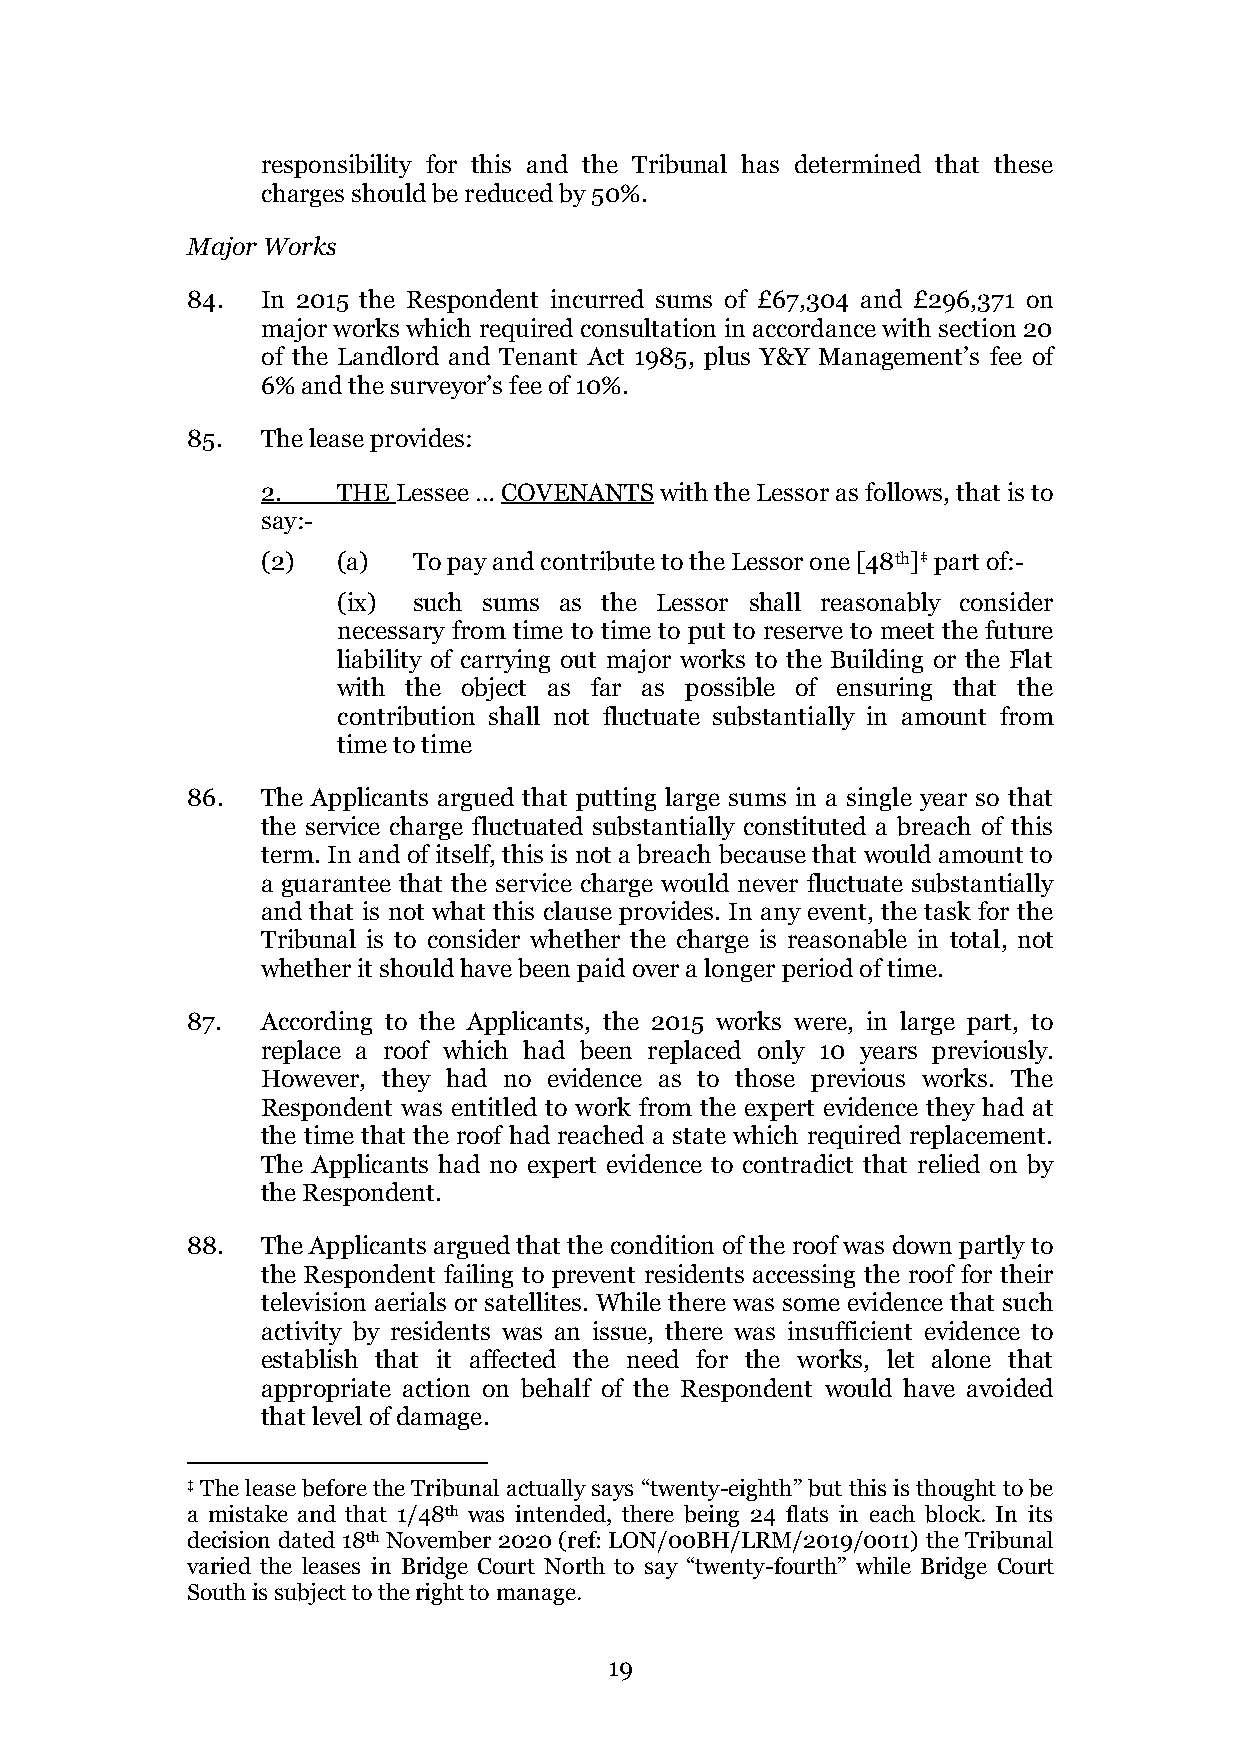
responsibility for this and the Tribunal has determined that these
 charges should be reduced by 50%.
 Major Works
 84.  In 2015 the Respondent incurred sums of £67,304 and £296,371 on
 major works which required consultation in accordance with section 20
 of the Landlord and Tenant Act 1985, plus Y&Y Management’s fee of
 6% and the surveyor’s fee of 10%.
 85.  The lease provides:
 2.   THE Lessee … COVENANTS with the Lessor as follows, that is to
 say:-
 (2)  (a)  To pay and contribute to the Lessor one [48th]‡ part of:-
 (ix) such sums as the Lessor shall reasonably consider
 necessary from time to time to put to reserve to meet the future
 liability of carrying out major works to the Building or the Flat
 with the object as far as possible of ensuring that the
 contribution shall not fluctuate substantially in amount from
 time to time
 86.  The Applicants argued that putting large sums in a single year so that
 the service charge fluctuated substantially constituted a breach of this
 term. In and of itself, this is not a breach because that would amount to
 a guarantee that the service charge would never fluctuate substantially
 and that is not what this clause provides. In any event, the task for the
 Tribunal is to consider whether the charge is reasonable in total, not
 whether it should have been paid over a longer period of time.
 87.  According to the Applicants, the 2015 works were, in large part, to
 replace a roof which had been replaced only 10 years previously.
 However, they had no evidence as to those previous works. The
 Respondent was entitled to work from the expert evidence they had at
 the time that the roof had reached a state which required replacement.
 The Applicants had no expert evidence to contradict that relied on by
 the Respondent.
 88.  The Applicants argued that the condition of the roof was down partly to
 the Respondent failing to prevent residents accessing the roof for their
 television aerials or satellites. While there was some evidence that such
 activity by residents was an issue, there was insufficient evidence to
 establish that it affected the need for the works, let alone that
 appropriate action on behalf of the Respondent would have avoided
 that level of damage.
 ‡ The lease before the Tribunal actually says “twenty-eighth” but this is thought to be
 a mistake and that 1/48th was intended, there being 24 flats in each block. In its
 decision dated 18th November 2020 (ref: LON/00BH/LRM/2019/0011) the Tribunal
 varied the leases in Bridge Court North to say “twenty-fourth” while Bridge Court
 South is subject to the right to manage.
 19